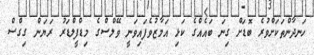
ހަނދާންތަކަށްވުރެ ބޮޑަށް ގިނަ ބައެއްގެ ކަޅި އަމާޒުވެފައިވަނީ ވޭލްސްގެ މިޑްފީލްޑަރު ރަޔަން ގިގްސް